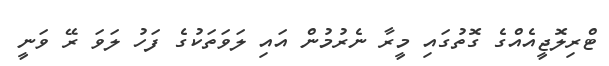
ޓްރިލޮޖީއެއްގެ ގޮތުގައި މީރާ ނެރުމުން އައި ލަވަތަކުގެ ފަހު ލަވަ ރޭ ވަނީ